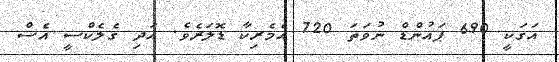
އަގަކީ 690 ޕައުންޑް ނުވަތަ 720 އެމެރިކާ ޑޮލަރެވެ. އަދި ގެލެކްސީ އެސް